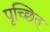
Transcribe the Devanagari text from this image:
पृच्छित्